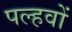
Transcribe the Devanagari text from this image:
पल्हवों